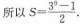
所以 $$S = \frac { 3 ^ { 2 } - 1 } { 2 }$$.